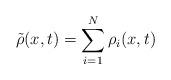
LaTeX: \begin{align*}\tilde\rho(x,t)=\sum\limits_{i=1}^N\rho_i(x, t)\end{align*}